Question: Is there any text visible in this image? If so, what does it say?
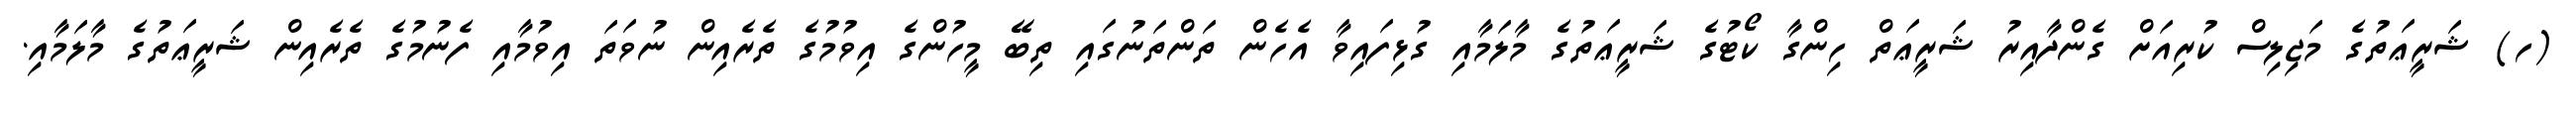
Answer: (ހ) ޝަރީޢަތުގެ މަޖިލިސް ކުރިއަށް ގެންދާއިރު ޝަރީޢަތް ހިންގާ ކޯޓުގެ ޝަރީޢަތުގެ މާލަމާއި ގުޅިފައިވާ އެހެން ތަންތަނުގައި ތިބޭ މީހުންގެ އިވުމުގެ ތެރެއިން ނުވަތަ އިވުމާއި ފެނުމުގެ ތެރެއިން ޝަރީޢަތުގެ މާލަމާއި.